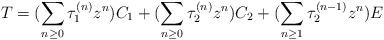
LaTeX: \begin{align*}T = (\sum_{n\geq 0} \tau_{1}^{(n)} z^{n})C_{1} + (\sum_{n\geq 0} \tau_{2}^{(n)} z^{n}) C_{2} + (\sum_{n\geq 1} \tau_{2}^{(n-1)}z^{n}) E \end{align*}